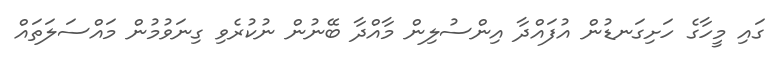
ގައި މީހާގެ ހަށިގަނޑުން އުފައްދާ އިންސުލިން މާއްދާ ބޭނުން ނުކުރެވި ގިނަވުމުން މައްސަލަތަައް